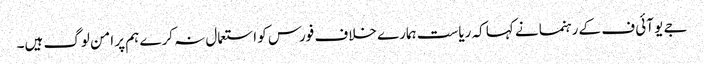
جے یو آئی ف کے رہنما نے کہا کہ ریاست ہمارے خلاف فورس کو استعمال نہ کرے ہم پر امن لوگ ہیں۔